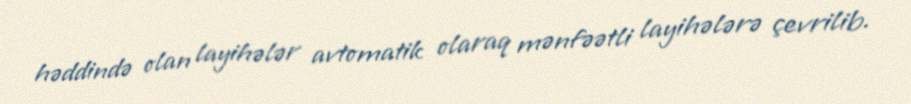
həddində olan layihələr avtomatik olaraq mənfəətli layihələrə çevrilib.